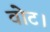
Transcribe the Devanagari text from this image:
वोट।